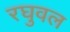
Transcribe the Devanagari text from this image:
रघुवल